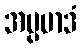
အပ္ပမာဒံ